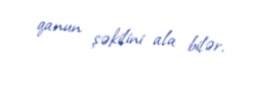
qanun şəkilini ala bilər.